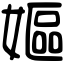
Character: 嫗